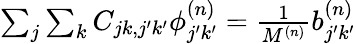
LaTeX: \begin{array}{r}{\sum_{j}\sum_{k}C_{jk,j^{\prime}k^{\prime}}\phi_{j^{\prime}k^{\prime}}^{(n)}=\frac{1}{M^{(n)}}b_{j^{\prime}k^{\prime}}^{(n)}}\end{array}